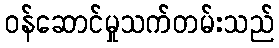
ဝန်ဆောင်မှုသက်တမ်းသည်